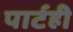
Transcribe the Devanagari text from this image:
पार्टही